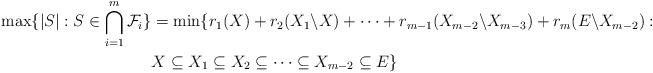
LaTeX: \begin{align*} \max\{|S|:S\in\bigcap_{i=1}^m\mathcal{F}_i\}&=\min\{r_1(X)+r_2(X_1\backslash X)+\dots+r_{m-1}(X_{m-2}\backslash X_{m-3})+r_m(E\backslash X_{m-2}):\\ &X\subseteq X_1\subseteq X_2\subseteq \dots\subseteq X_{m-2}\subseteq E\} \end{align*}